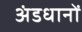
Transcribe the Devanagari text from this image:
अंडधानों